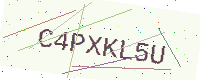
Text: C4PXKL5U